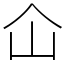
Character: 仚